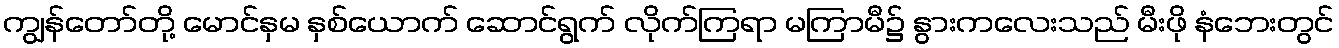
ကျွန်တော်တို့ မောင်နှမ နှစ်ယောက် ဆောင်ရွက် လိုက်ကြရာ မကြာမီ၌ နွားကလေးသည် မီးဖို နံဘေးတွင်